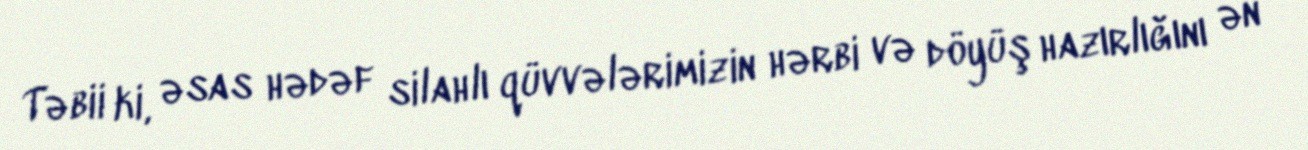
Təbii ki, əsas hədəf silahlı qüvvələrimizin hərbi və döyüş hazırlığını ən